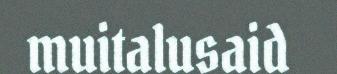
muitalusaid